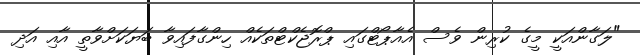
"ލަގާންއަކީ މީގެ ކުރިން ވެސް އެއާޕޯޓްގައި ޕްރޮޖެކްޓްތަކެއް ހިންގާފައިވާ ބަޔަކަށްވާތީ އާއި އަދި